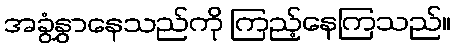
အခွံနွှာနေသည်ကို ကြည့်နေကြသည်။